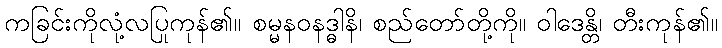
ကခြင်းကိုလုံ့လပြုကုန်၏။ စမ္မနဝနဒ္ဓါနိ၊ စည်တော်တို့ကို။ ဝါဒေန္တိ၊ တီးကုန်၏။